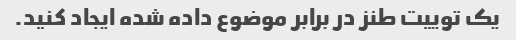
یک توییت طنز در برابر موضوع داده شده ایجاد کنید.